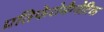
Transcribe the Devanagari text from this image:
प्रतिफेरोमैग्नेटिक